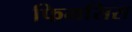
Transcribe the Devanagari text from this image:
फिमसिस